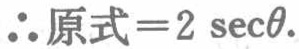
\(\therefore 原式 = 2\sec\theta.\)